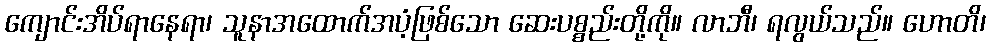
ကျောင်းအိပ်ရာနေရာ၊ သူနာအထောက်အပံ့ဖြစ်သော ဆေးပစ္စည်းတို့ကို။ လာဘီ၊ ရလွယ်သည်။ ဟောတိ၊